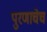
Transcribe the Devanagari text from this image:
पुरणाचेच